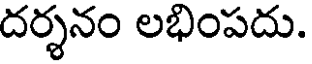
దర్శనం లభింపదు.